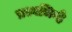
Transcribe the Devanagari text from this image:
प्रश्नचिन्हे